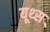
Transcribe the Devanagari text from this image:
यूथ्स